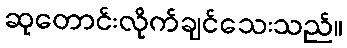
ဆုတောင်းလိုက်ချင်သေးသည်။